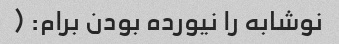
نوشابه را نیورده بودن برام: (